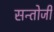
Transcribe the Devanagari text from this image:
सन्तोजी